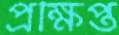
প্রক্ষিপ্ত